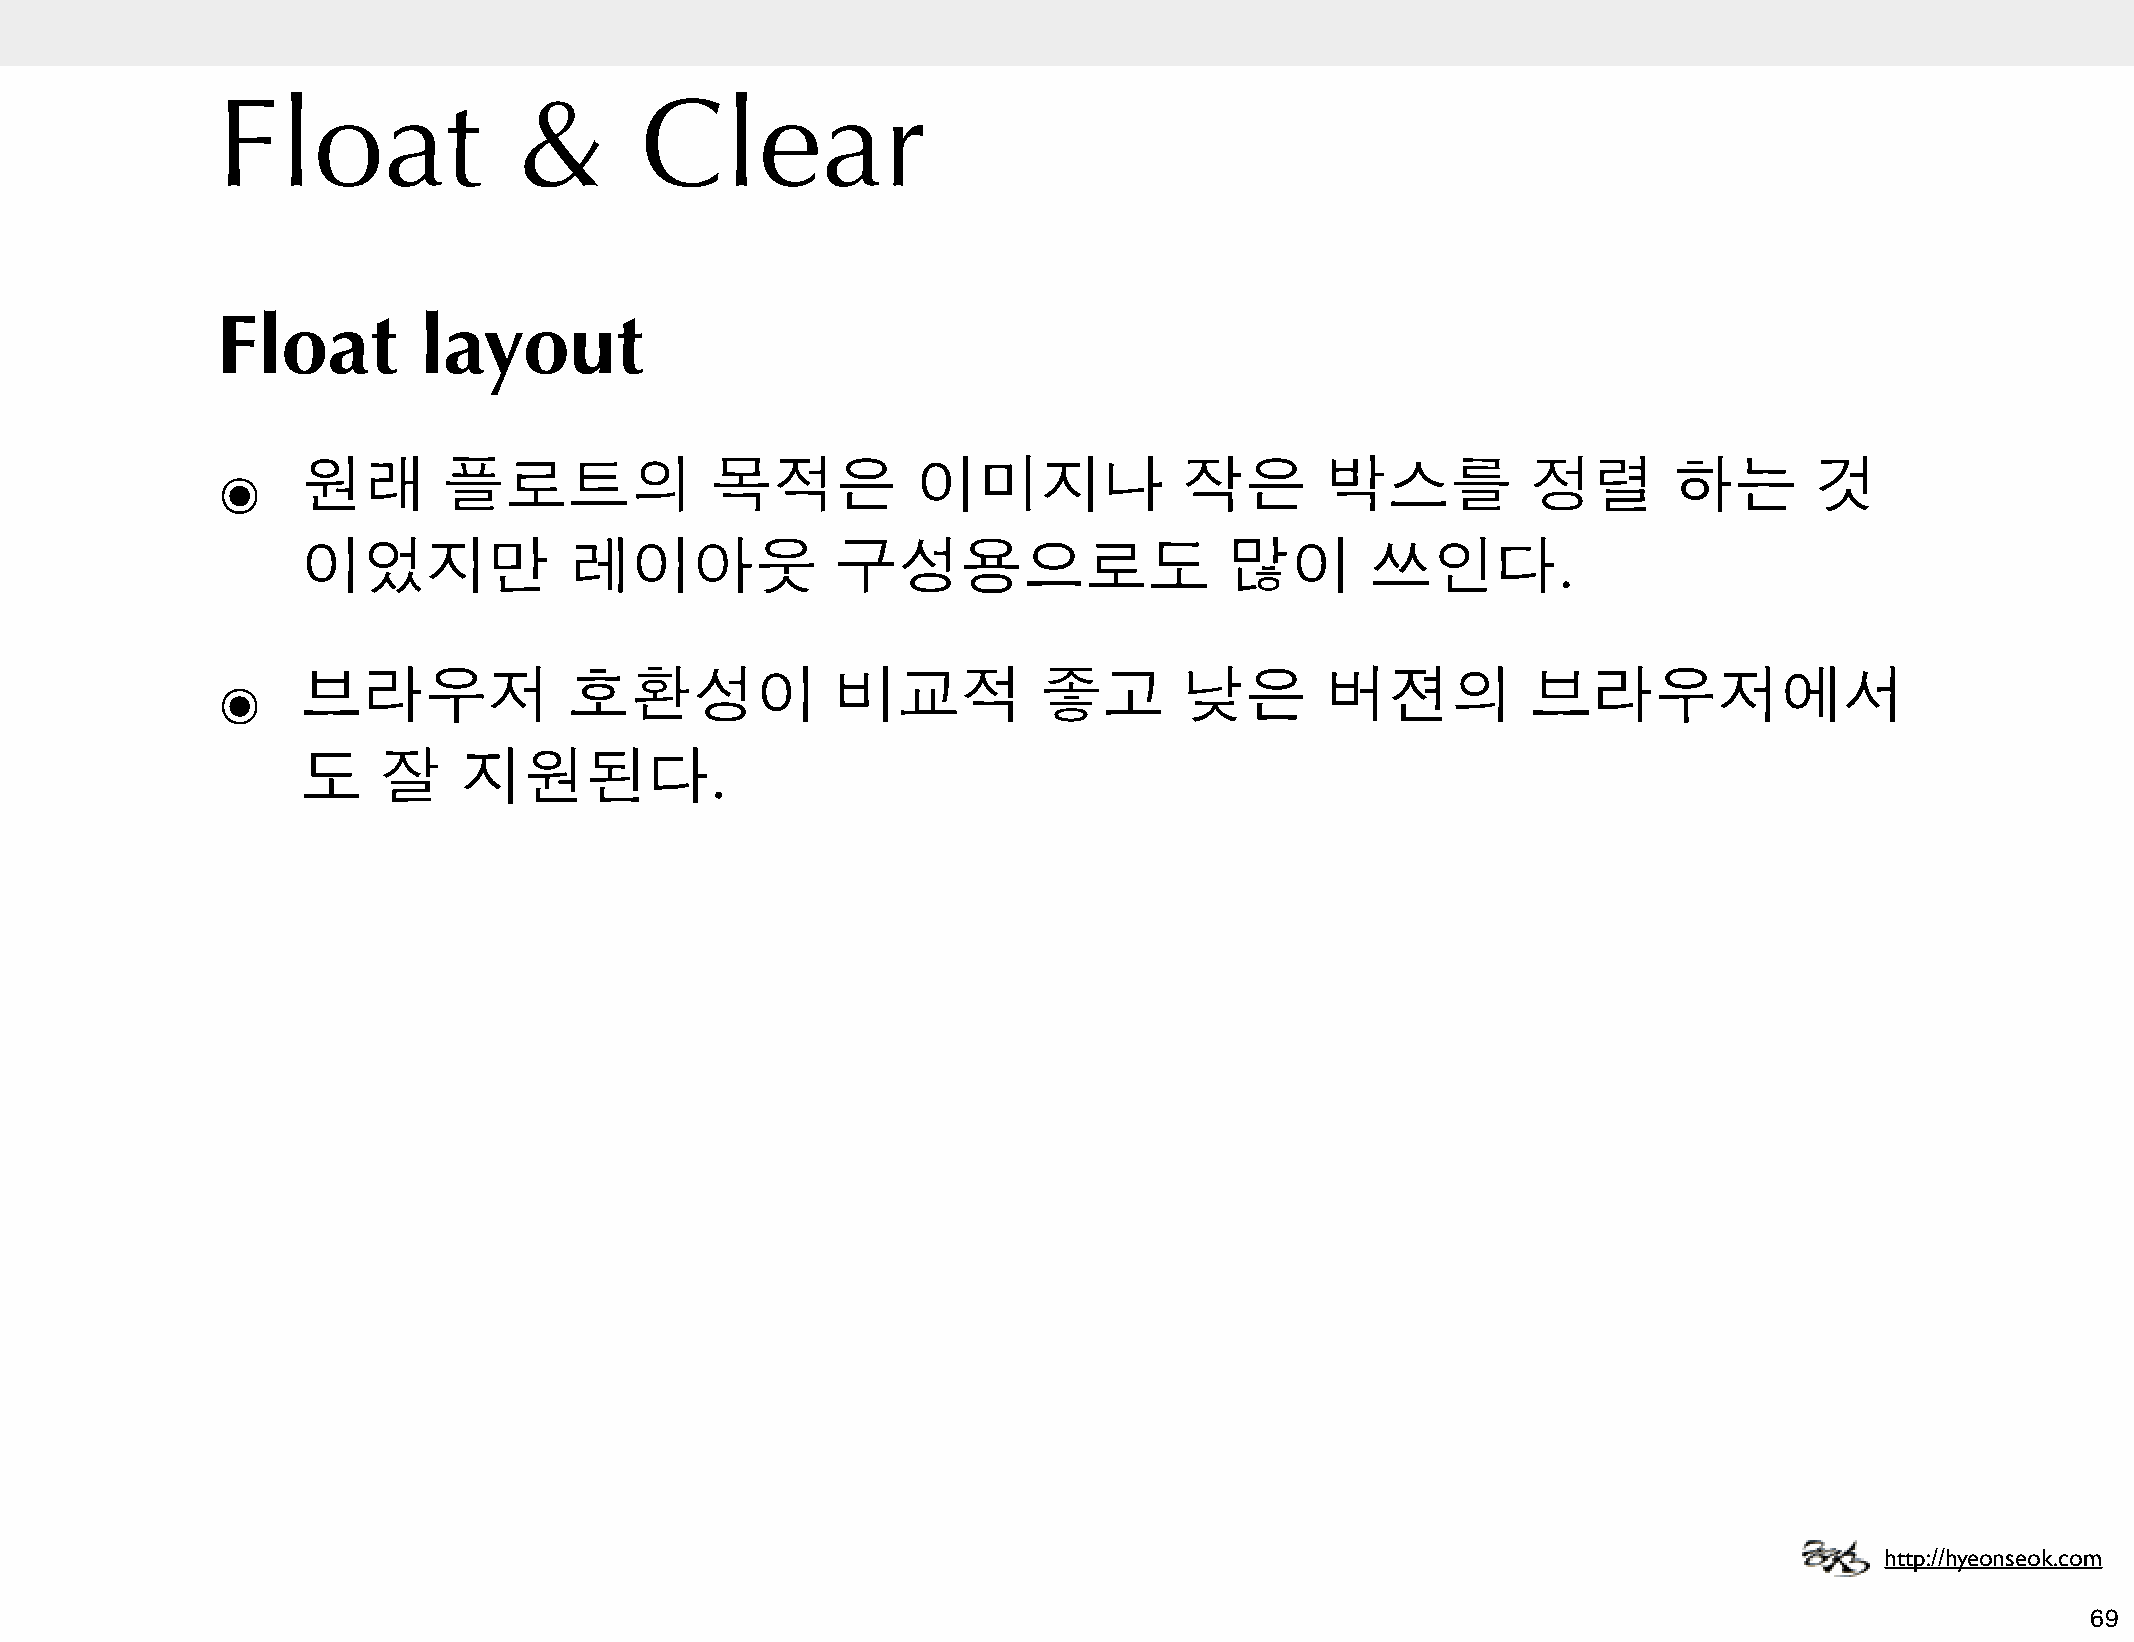
Float               &       Clear
 Float         layout
 ๏     원래       플로트의              목적은           이미지나             작은        박스를          정렬        하는       것
 이었지만              레이아웃             구성용으로도                    많이        쓰인다.
 ๏     브라우저              호환성이             비교적           좋고       낮은        버젼의          브라우저에서
 도    잘    지원된다.
 http://hyeonseok.com
 69